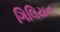
ગિલિયન